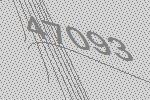
47093